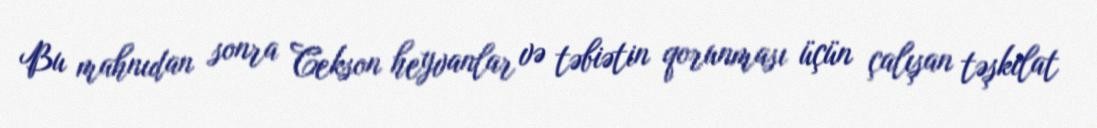
Bu mahnıdan sonra Cekson heyvanlar və təbiətin qorunması üçün çalışan təşkilat